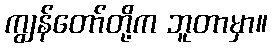
ကျွန်တော်တို့က ဘူတာမှာ။